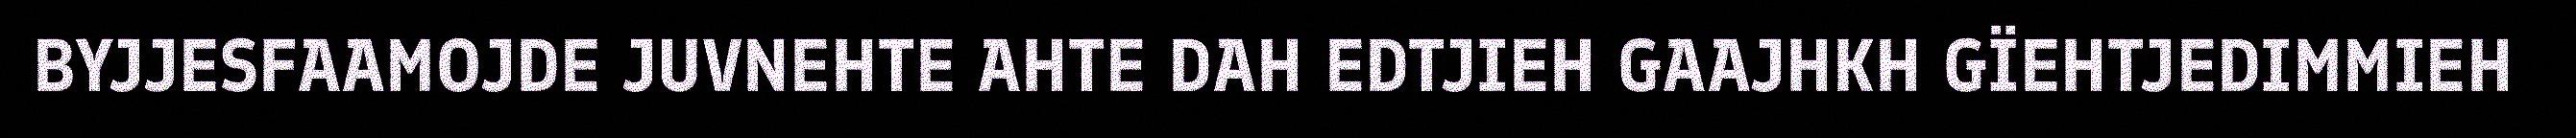
BYJJESFAAMOJDE JUVNEHTE AHTE DAH EDTJIEH GAAJHKH GÏEHTJEDIMMIEH